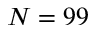
N = 9 9